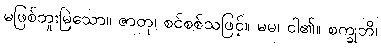
မဖြစ်ဘူးမြဲသော။ ဇာတု၊ စင်စစ်သဖြင့်။ မမ၊ ငါ၏။ စက္ခုဘိ၊